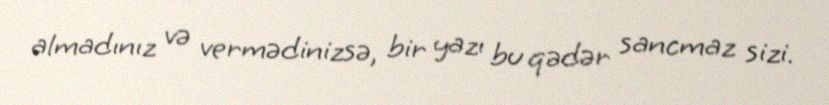
almadınız və vermədinizsə, bir yazı bu qədər sancmaz sizi.